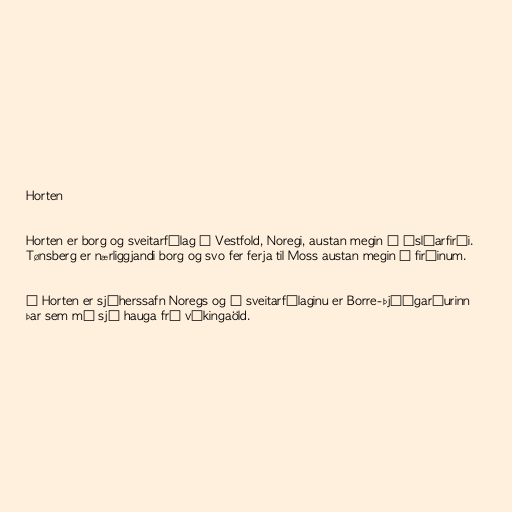
Horten

Horten er borg og sveitarfélag í Vestfold, Noregi, austan megin í Óslóarfirði.
Tønsberg er nærliggjandi borg og svo fer ferja til Moss austan megin í firðinum.

Í Horten er sjóherssafn Noregs og í sveitarfélaginu er Borre-þjóðgarðurinn
þar sem má sjá hauga frá víkingaöld.